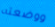
ووضعته